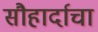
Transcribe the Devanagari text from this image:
सौहार्दाचा